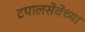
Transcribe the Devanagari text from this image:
टपालसेवेच्या